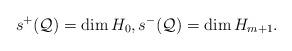
LaTeX: \begin{align*}s^+(\mathcal{Q}) = \dim H_0, s^-(\mathcal{Q}) = \dim H_{m+1}.\end{align*}